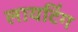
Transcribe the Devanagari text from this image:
लायटिंग